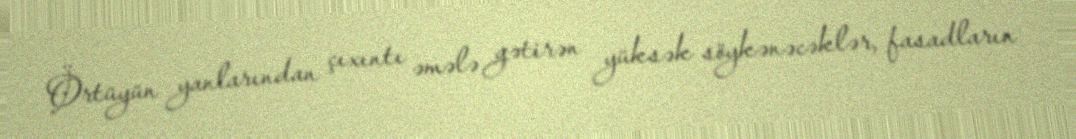
Örtüyün yanlarından çıxıntı əmələ gətirən yüksək söykənəcəklər, fasadların